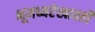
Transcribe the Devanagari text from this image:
भूमध्यरेखावर्ती